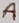
Text: A